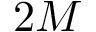
2 M